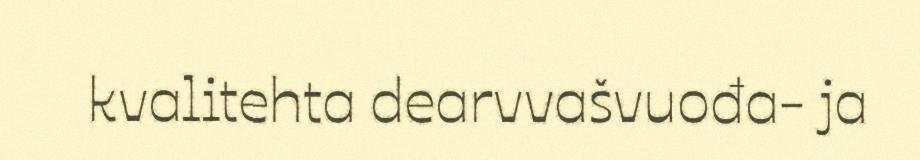
kvalitehta dearvvašvuođa- ja